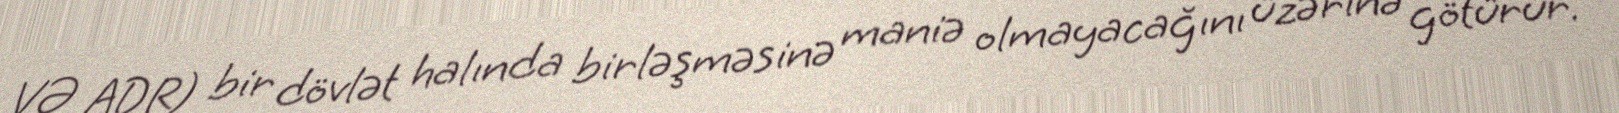
VƏ ADR) bir dövlət halında birləşməsinə maniə olmayacağını üzərinə götürür.